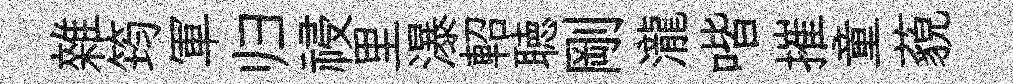
雜筠軍归祲里瀑軺聴剛瀧喈摧童藐